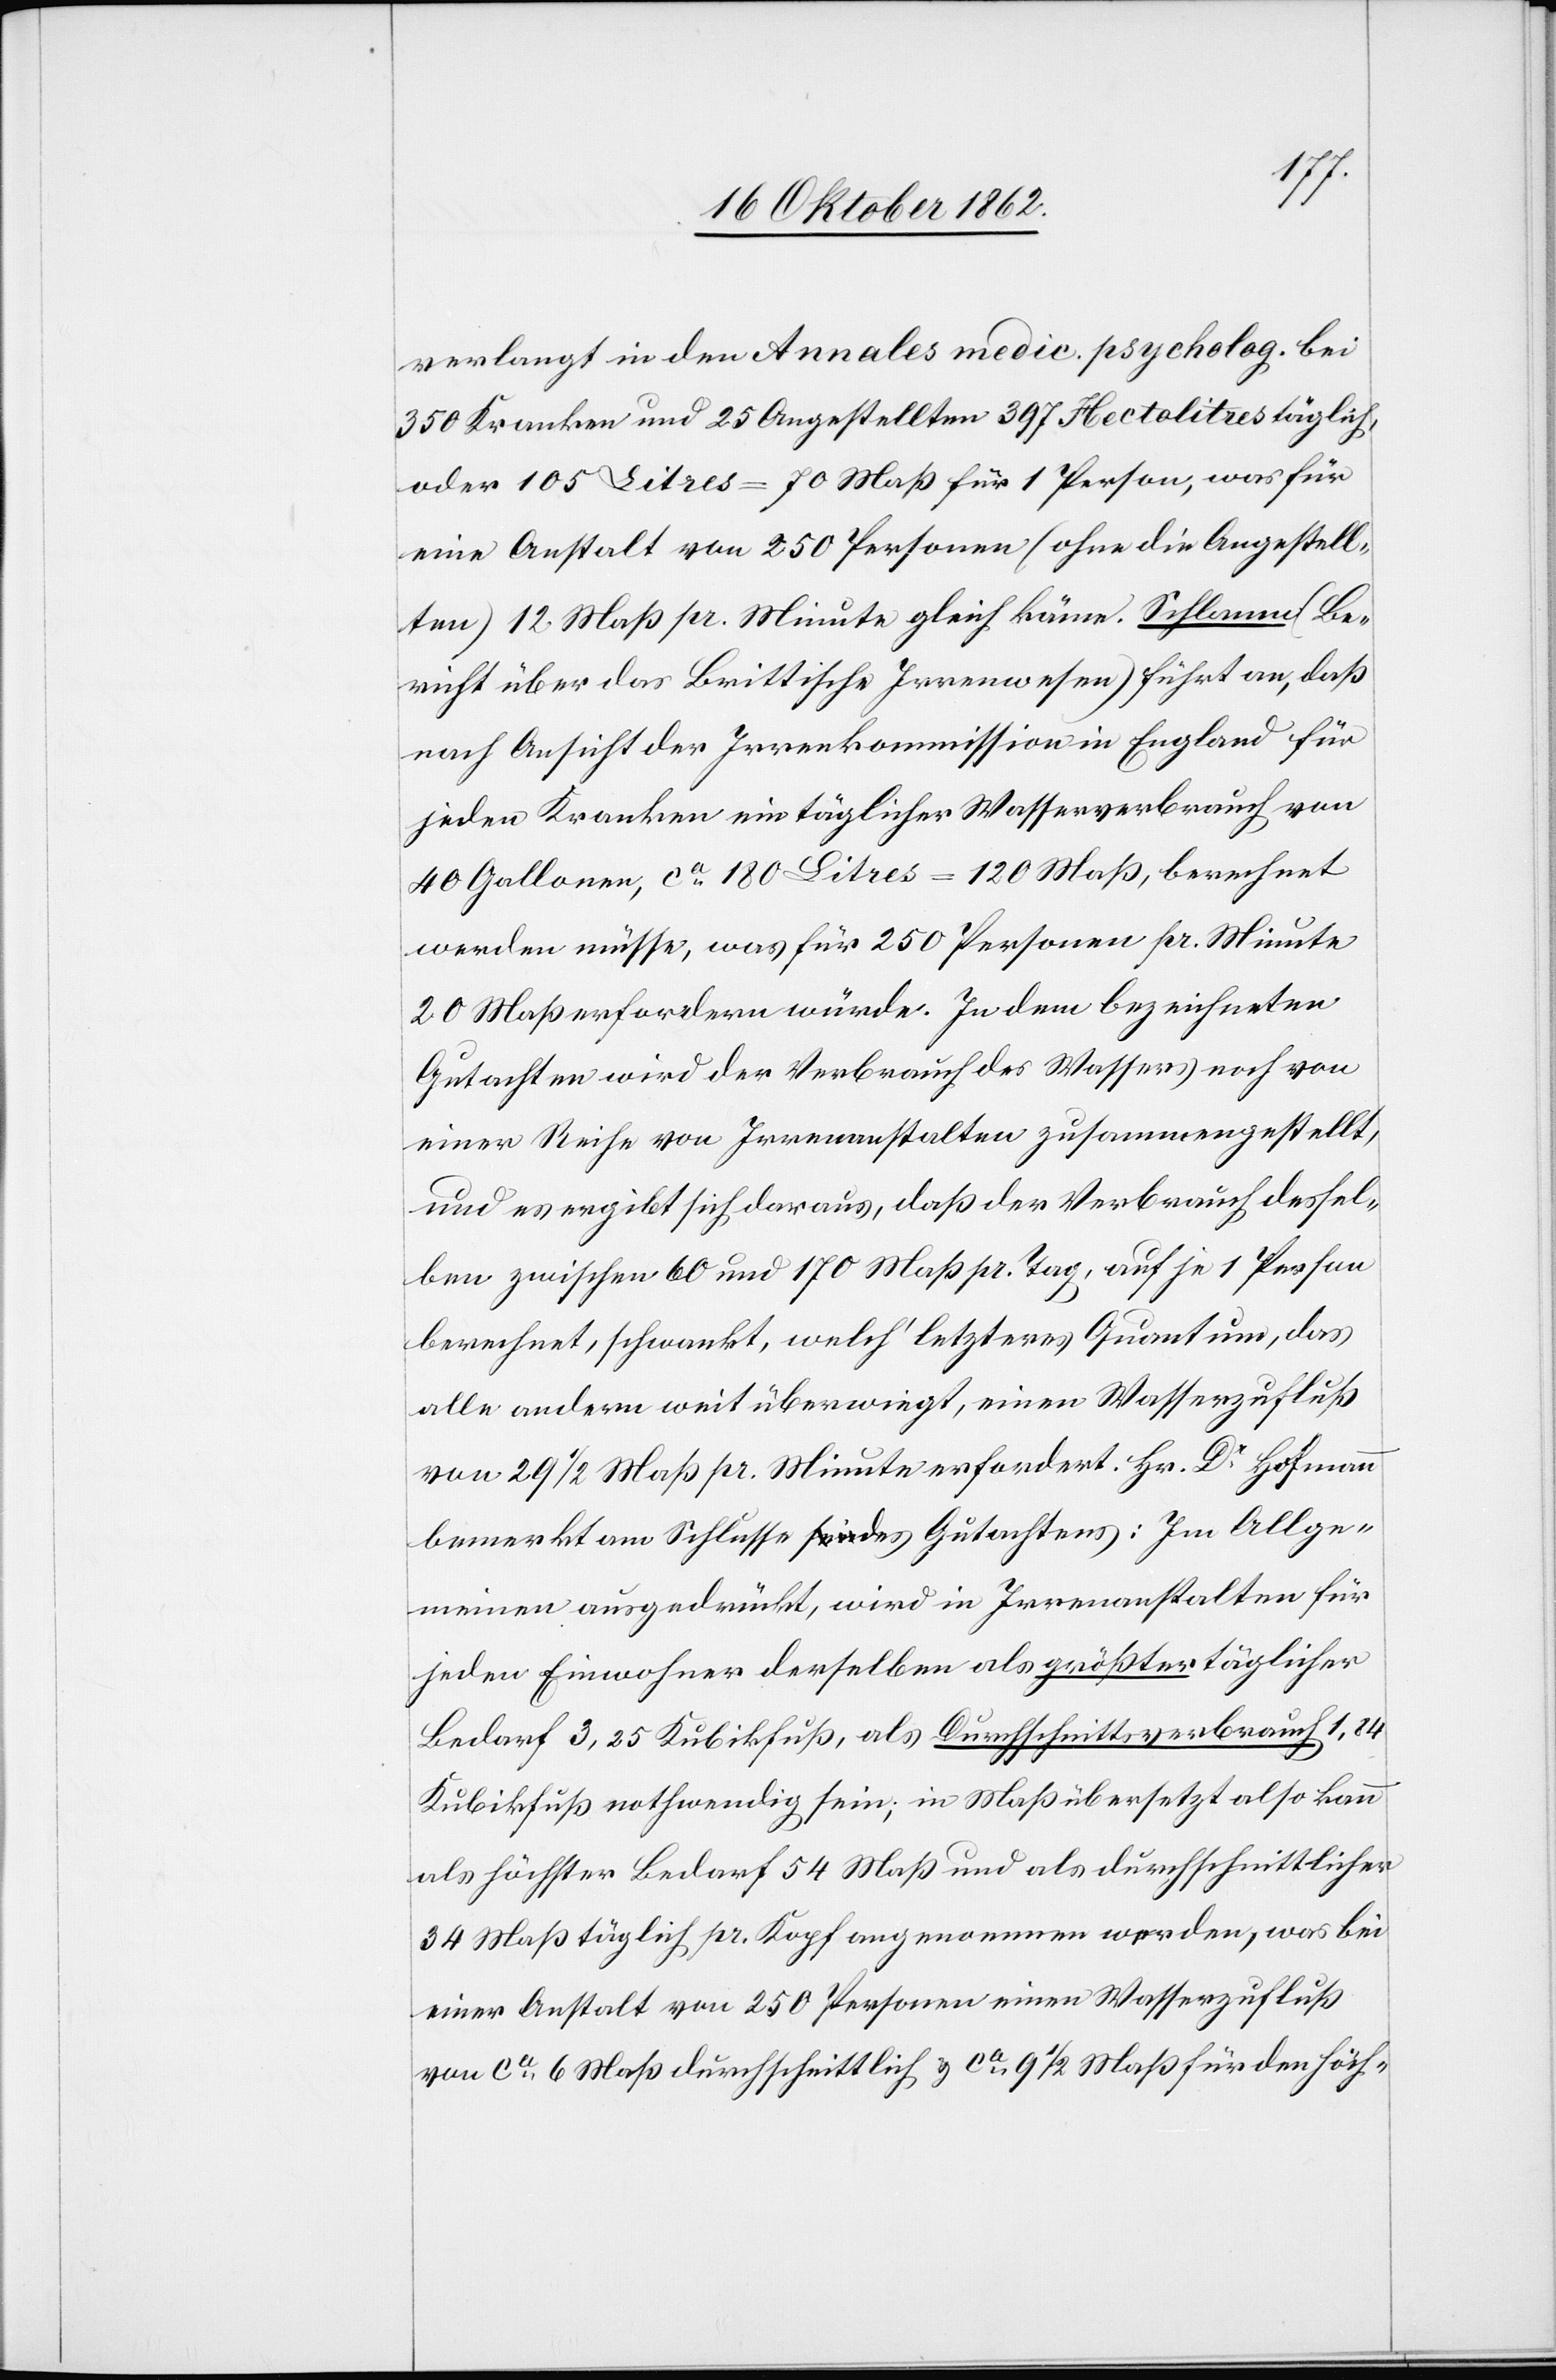
verlangt in den Annales medic. psycholog. bei
350 Kranken und 25 Angestellten 397 Hectolitres täglich,
oder 105 Litres = 70 Maß für 1 Person, was für
eine Anstalt von 250 Personen (ohne die Angestell¬
ten) 12 Maß pr. Minute gleich käme. Schlamm (Be¬
richt über das Brittische Irrenwesen) führt an, daß
nach Ansicht der Irrenkommission in England für
jeden Kranken ein täglicher Wasserverbrauch von
40 Gallonen, ca 180 Litres = 120 Maß, berechnet
werden müsse, was für 250 Personen pr. Minute
20 Maß erfordern würde. In dem bezeichneten
Gutachten wird der Verbrauch des Wassers noch von
einer Reihe von Irrenanstalten zusammengestellt,
und es ergibt sich daraus, daß der Verbrauch dessel¬
ben zwischen 60 und 170 Maß pr. Tag, auf je 1 Person
berechnet, schwankt, welch’ letzteres Quantum, das
alle andern weit überwiegt, einen Wasserzufluß
von 29 1/2 Maß pr. Minute erfordert. Hr. Dr. Hofmann
bemerkt am Schlusse des Gutachtens: Im Allge¬
meinen ausgedrückt, wird in Irrenanstalten für
jeden Einwohner derselben als größter täglicher
Bedarf 3,25 Kubikfuß, als Durchschnittsverbrauch 1,84
Kubikfuß nothwendig sein, in Maß übersetzt also kann
als höchster Bedarf 54 Maß und als durchschnittlicher
34 Maß täglich pr. Kopf angenommen werden, was bei
einer Anstalt von 250 Personen einen Wasserzufluß
von ca 6 Maß durchschnittlich u. ca 9 1/2 Maß für den höch-